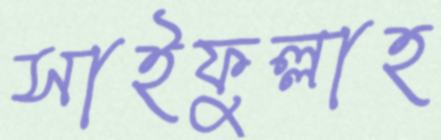
সাইফুল্লাহ